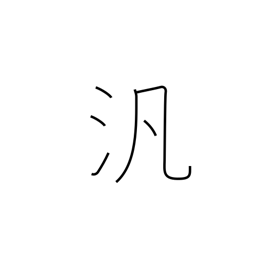
Meaning: pan-